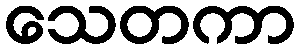
သေတကာ